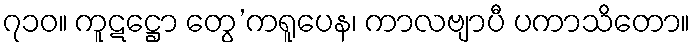
၇၁၀။ ကူဋဋ္ဌော တွေ’ကရူပေန၊ ကာလဗျာပီ ပကာသိတော။